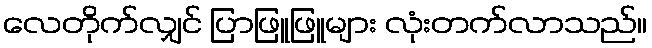
လေတိုက်လျှင် ပြာဖြူဖြူများ လုံးတက်လာသည်။